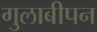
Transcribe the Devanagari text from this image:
गुलाबीपन